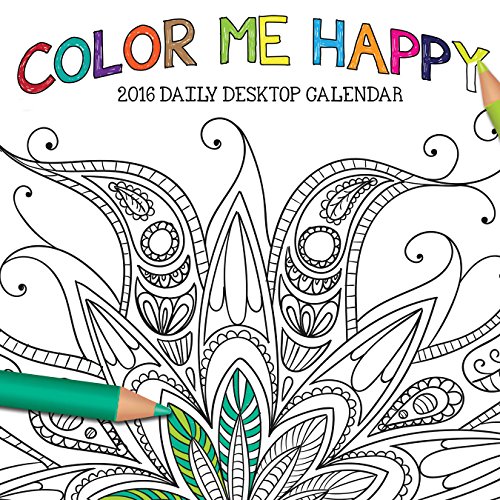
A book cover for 2016 Color Me Happy Daily Desktop Box Calendar; TF Publishing; Calendars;